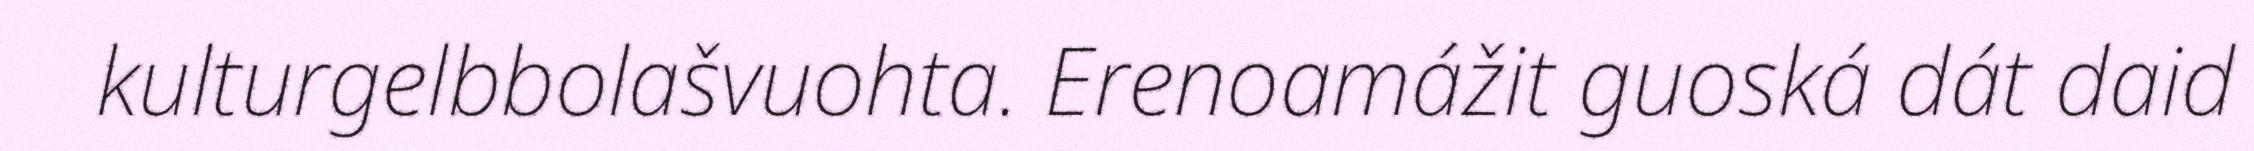
kulturgelbbolašvuohta. Erenoamážit guoská dát daid